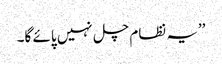
’’یہ نظام چل نہیں پائے گا۔